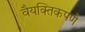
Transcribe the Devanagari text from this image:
वैयक्तिकपणे